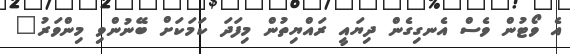
އެ ވޯޓުން ވެސް އެނގިގެން ދިޔައީ ރައްޔިތުން މިފަދަ ކަމަކަށް ބޭނުންވި މިންވަރު"